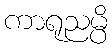
ကာရုညမ္ပိ